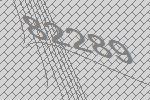
82289